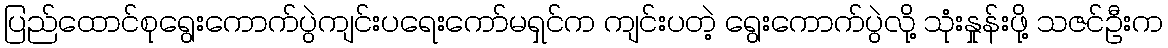
ပြည်ထောင်စုရွေးကောက်ပွဲကျင်းပရေးကော်မရှင်က ကျင်းပတဲ့ ရွေးကောက်ပွဲလို့ သုံးနှုန်းဖို့ သဇင်ဦးက